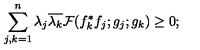
\sum _ { j , k = 1 } ^ { n } \lambda _ { j } \overline { { \lambda _ { k } } } { \cal F } ( f _ { k } ^ { * } f _ { j } ; g _ { j } ; g _ { k } ) \ge 0 ;